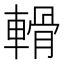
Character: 𨍾